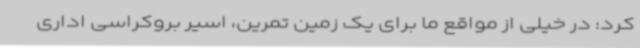
کرد: در خیلی از مواقع ما برای یک زمین تمرین، اسیر بروکراسی اداری